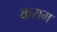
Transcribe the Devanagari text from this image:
कराम